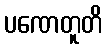
ပဏေတူတိ